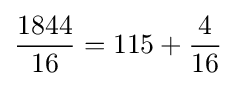
{\frac {1844}{16}}=115+{\frac {4}{16}}